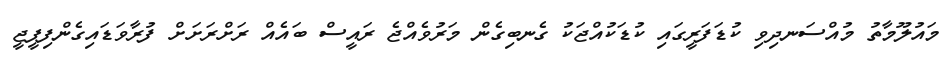
މައުލޫމާތު މުއްސަނދިވި ކުޑަފަރީގައި ކުޑަކުއްޖަކު ގެނބިގެން މަރުވެއްޖެ ރައީސް ބައެއް ރަށްރަށަށް ފުރާވަޑައިގެންފިޕީޖީ